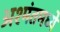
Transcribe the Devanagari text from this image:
अश्मंतमध्ये